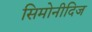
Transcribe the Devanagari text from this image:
सिमोनीदिज